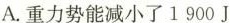
A.重力势能减小了1900J